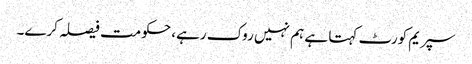
سپریم کورٹ کہتا ہے ہم نہیں روک رہے، حکومت فیصلہ کرے۔